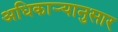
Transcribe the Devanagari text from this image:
अधिकाऱ्यानुसार